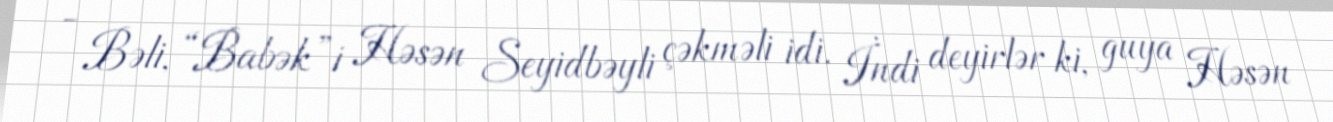
- Bəli, “Babək”i Həsən Seyidbəyli çəkməli idi. İndi deyirlər ki, guya Həsən